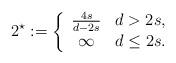
LaTeX: \begin{align*}2^\star:= \left\{\begin{array}{cl}\frac{4s}{d-2s} & d>2s, \\\infty & d \leq 2s.\end{array}\right. \end{align*}